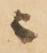
ニ